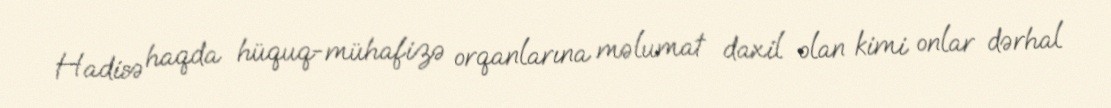
Hadisə haqda hüquq-mühafizə orqanlarına məlumat daxil olan kimi onlar dərhal